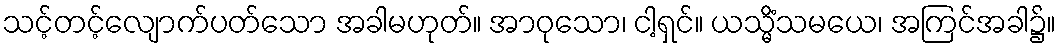
သင့်တင့်လျောက်ပတ်သော အခါမဟုတ်။ အာဝုသော၊ ငါ့ရှင်။ ယသ္မိံသမယေ၊ အကြင်အခါ၌။